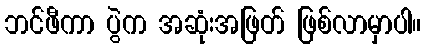
ဘင်ဖီကာ ပွဲက အဆုံးအဖြတ် ဖြစ်လာမှာပါ။